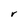
Character: r